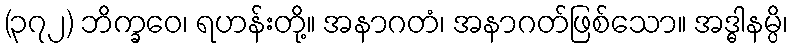
(၃၇၂) ဘိက္ခဝေ၊ ရဟန်းတို့။ အနာဂတံ၊ အနာဂတ်ဖြစ်သော။ အဒ္ဓါနမ္ပိ၊